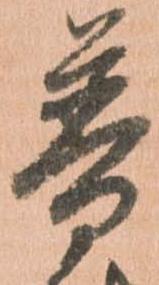
普